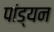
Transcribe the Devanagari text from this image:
पांड्यन